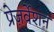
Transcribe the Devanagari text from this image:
प्रेज़र्वेशन